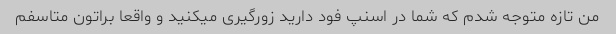
من تازه متوجه شدم که شما در اسنپ فود دارید زورگیری میکنید و واقعا براتون متاسفم